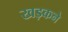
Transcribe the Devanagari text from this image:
खड़कने